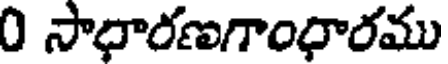
0 సాధారణగాంధారము